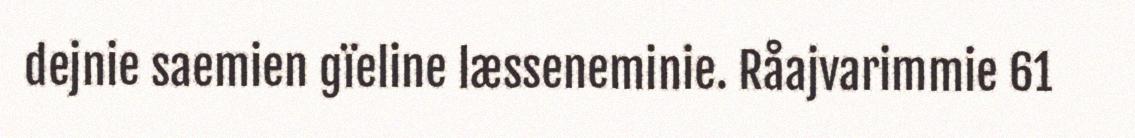
dejnie saemien gïeline læsseneminie. Råajvarimmie 61